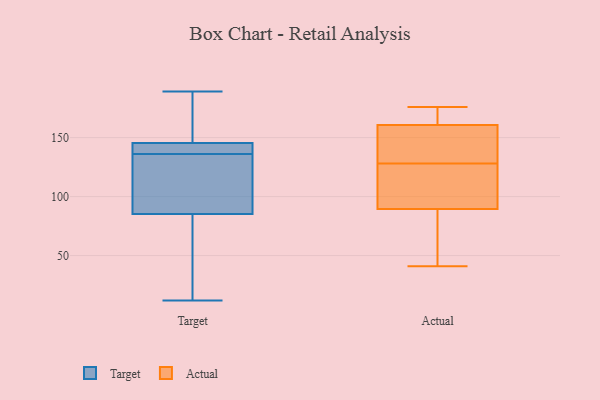
{"axis": {"x": "Inventory Turnover", "y": "Value"}, "legend": ["Actual", "Target"], "data": [{"x": "", "y": 12, "type": "Target"}, {"x": "", "y": 189, "type": "Target"}, {"x": "", "y": 150, "type": "Target"}, {"x": "", "y": 95, "type": "Target"}, {"x": "", "y": 37, "type": "Target"}, {"x": "", "y": 110, "type": "Target"}, {"x": "", "y": 121, "type": "Target"}, {"x": "", "y": 169, "type": "Target"}, {"x": "", "y": 157, "type": "Target"}, {"x": "", "y": 136, "type": "Target"}, {"x": "", "y": 56, "type": "Target"}, {"x": "", "y": 137, "type": "Target"}, {"x": "", "y": 137, "type": "Target"}, {"x": "", "y": 13, "type": "Target"}, {"x": "", "y": 136, "type": "Target"}, {"x": "", "y": 137, "type": "Target"}, {"x": "", "y": 144, "type": "Target"}, {"x": "", "y": 41, "type": "Actual"}, {"x": "", "y": 82, "type": "Actual"}, {"x": "", "y": 176, "type": "Actual"}, {"x": "", "y": 125, "type": "Actual"}, {"x": "", "y": 42, "type": "Actual"}, {"x": "", "y": 128, "type": "Actual"}, {"x": "", "y": 159, "type": "Actual"}, {"x": "", "y": 137, "type": "Actual"}, {"x": "", "y": 110, "type": "Actual"}, {"x": "", "y": 124, "type": "Actual"}, {"x": "", "y": 170, "type": "Actual"}, {"x": "", "y": 156, "type": "Actual"}, {"x": "", "y": 166, "type": "Actual"}, {"x": "", "y": 143, "type": "Actual"}, {"x": "", "y": 166, "type": "Actual"}, {"x": "", "y": 92, "type": "Actual"}, {"x": "", "y": 59, "type": "Actual"}]}